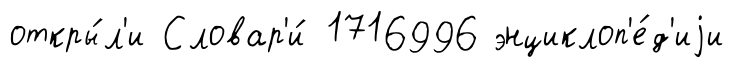
откры́л'и Словар'и́ 1716996 энциклоп'е́д'иjи